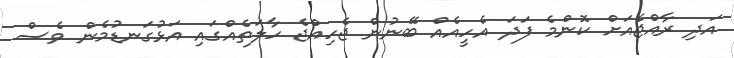
އަދި ރާއްޖެއަށް ކޮންމެ ފަދަ އެހީއެއް ބޭނުން ޖެހިއްޖެ ހާލަތެއްގައި އަޅުގަނޑުމެން ވެސް